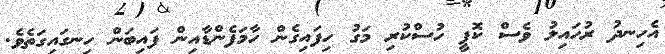
އެހިނދު ރުހައިލު ވެސް ކޮފީ ހުސްކުރި މަގު ހިފައިގެން ހާމަފެންޑާއިން ފައިބަން ހިނގައިގަތެވެ.